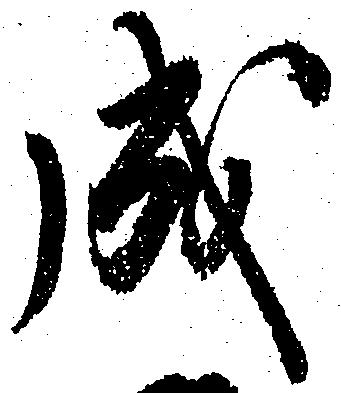
成